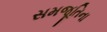
સમજૂતિના